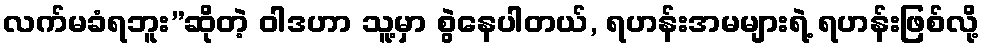
လက်မခံရဘူး”ဆိုတဲ့ ဝါဒဟာ သူ့မှာ စွဲနေပါတယ်, ရဟန်းအမများရဲ့ ရဟန်းဖြစ်လို့